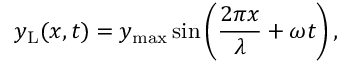
y _ { \mathrm { L } } ( x , t ) = y _ { \mathrm { m a x } } \sin \left( { \frac { 2 \pi x } { \lambda } } + \omega t \right) ,